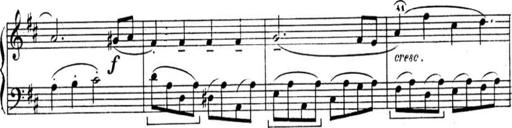
Title: Sonatines
Composer: Hedwige ChrÃ©tien